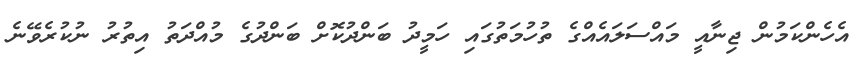
އެހެންކަމުން ޖިނާއީ މައްސަލައެއްގެ ތުހުމަތުގައި ހަމީދު ބަންދުކޮށް ބަންދުގެ މުއްދަތު އިތުރު ނުކުރެވޭނެ